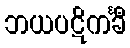
ဘယပဋိကင်္ခီ